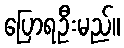
ပြောရဦးမည်။